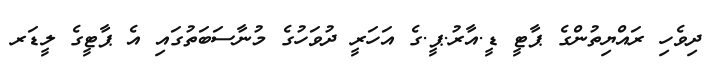
ދިވެހި ރައްޔިތުންގެ ޕާޓީ ޑީ.އާރު.ޕީ.ގެ އަހަރީ ދުވަހުގެ މުނާސަބަތުގައި އެ ޕާޓީގެ ލީޑަރ